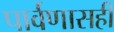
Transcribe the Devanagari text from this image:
पार्वणासही